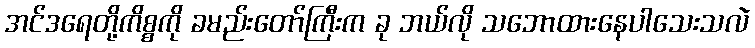
အင်ဒရေတို့ကိစ္စကို ခမည်းတော်ကြီးက ခု ဘယ်လို သဘောထားနေပါသေးသလဲ